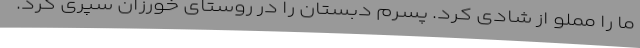
ما را مملو از شادی کرد. پسرم دبستان را در روستای خورزان سپری کرد.